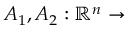
A _ { 1 } , A _ { 2 } : \mathbb { R } ^ { n } \rightarrow